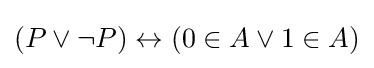
(P\lor \neg P)\leftrightarrow (0\in A\lor 1\in A)